Distribution and causation of leprosy in British India
Year: 1875
Disease focus: Leprosy
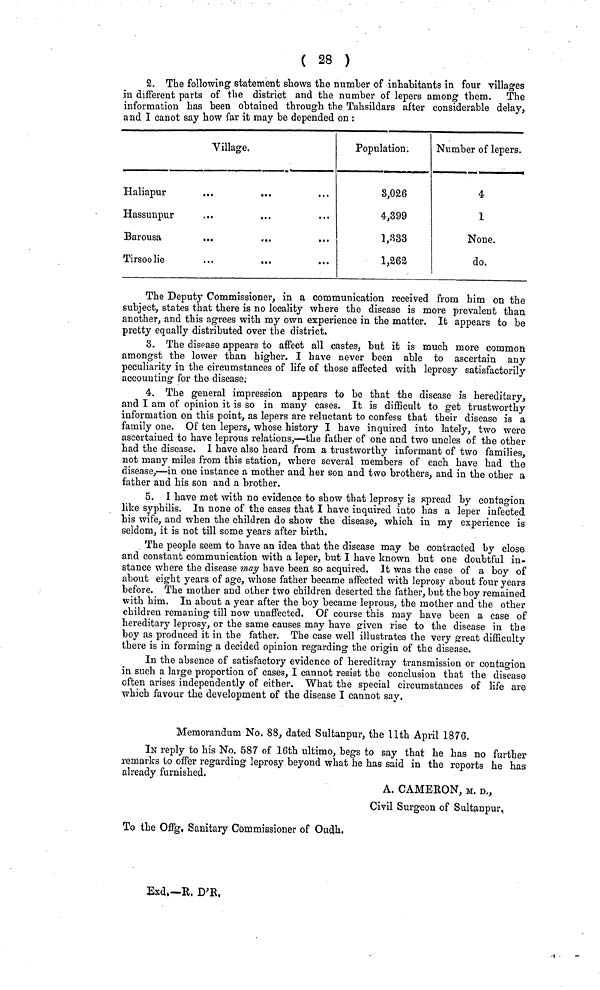
( 28 )
2. The following statement shows the number of inhabitants in four villages
in different parts of the district and the number of lepers among them. The
information has been obtained through the Tahsildars after considerable delay,
and I canot say how far it may be depended on :
Village.
Haliapur
...
...
Hassunpur
Barousa
...
...
Tirsoolie
Population.
8,026
4,399
1,333
1,262
Number of lepers.
4
1
None.
do.
The Deputy Commissioner, in a communication received from him on the
subject, states that there is no locality where the disease is more prevalent than,
another, and this agrees with my own experience in the matter. It appears to be
pretty equally distributed over the district.
3. The disease appears to affect all castes, but it is much more common
amongst the lower than higher. I have never been able to ascertain any
peculiarity in the circumstances of life of those affected with leprosy satisfactorily
accounting for the disease;
4. The general impression appears to be that the disease is hereditary,
and I am of opinion it is so in many cases. It is difficult to get trustworthy
information on this point, as lepers are reluctant to confess that their disease is a
family one. Of ten lepers, whose history I have inquired into lately, two were
ascertained to have leprous relations,—the father of one and two uncles of the other
had the disease. I have also heard from a trustworthy informant of two families,
not many miles from this station, where several members of each have had the
disease,—in one instance a mother and her son and two brothers, and in the other a
father and his son and a brother.
5. I have met with no evidence to show that leprosy is spread by contagion
like syphilis. In none of the cases that I have inquired into has a leper infected
his wife, and when the children do show the disease, which in my experience is
seldom, it is not till some years after birth.
The people seem to have an idea that the disease may be contracted by close
and constant communication with a leper, but I have known but one doubtful in-
stance where the disease may have been so acquired. It was the case of a boy of
about eight years of age, whose father became affected with leprosy about four years
before. The mother and other two children deserted the father, but the boy remained
with him. In about a year after the boy became leprous, the mother and the other
children remaning till now unaffected. Of course this may have been a case of
hereditary leprosy, or the same causes may have given rise to the disease in the
boy as produced it in the father. The case well illustrates the very great difficulty
there is in forming a decided opinion regarding the origin of the disease.
In the absence of satisfactory evidence of hereditray transmission or contagion
in such a large proportion of cases, I cannot resist the conclusion that the disease
often arises independently of either. What the special circumstances of life are
which favour the development of the disease I cannot say.
Memorandum No. 88, dated Sultanpur, the llth April 1876.
IN reply to his No. 587 of 16th ultimo, begs to say that he has no further
remarks to offer regarding leprosy beyond what he has said in the reports he has
already furnished.
A. CAMERON, M. D.,
Civil Surgeon of Sultanpur.
To the Offg. Sanitary Commissioner of Oudh.
Exd.—R. D'R.